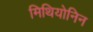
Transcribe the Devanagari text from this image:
मिथियोनिन